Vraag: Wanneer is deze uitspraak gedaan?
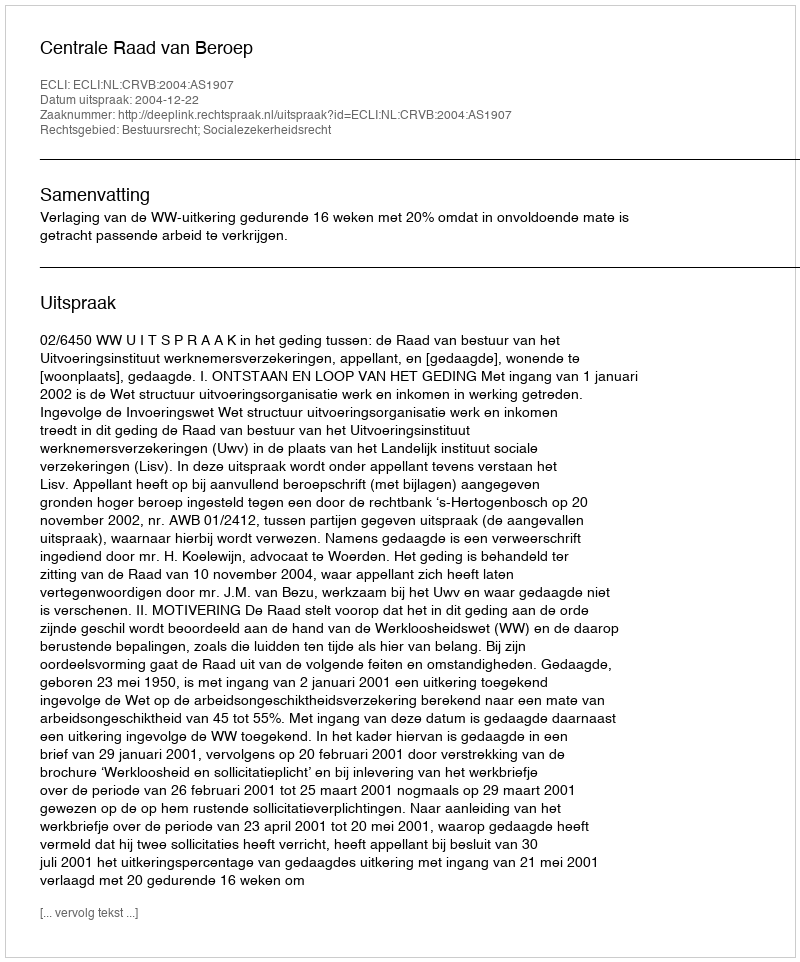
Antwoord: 2004-12-22